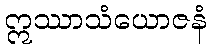
ဣဿာသံယောဇနံ